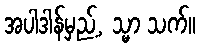
အပါဒါန်မှည့်, သ္မာ သက်။